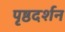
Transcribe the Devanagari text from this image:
पृष्ठदर्शन